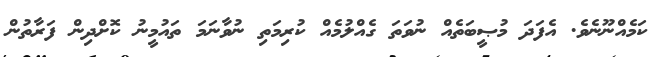
ކަމެއްނޫނެވެ. އެފަދަ މުޞީބަތެއް ނުވަތަ ގެއްލުމެއް ކުރިމަތި ނުވާނަމަ ތައުމީނު ކޮށްދިން ފަރާތުން